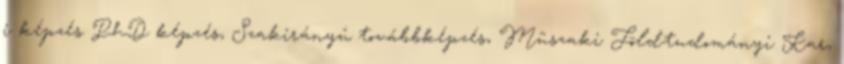
i képzés PhD képzés, Szakirányú továbbképzés, Mûszaki Földtudományi Kar,